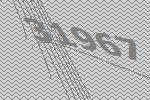
31967